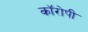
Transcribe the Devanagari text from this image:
कॉरोपी